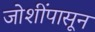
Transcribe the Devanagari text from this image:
जोशींपासून